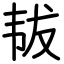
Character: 韨